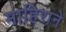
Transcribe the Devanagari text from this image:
माहिराने